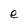
Character: e